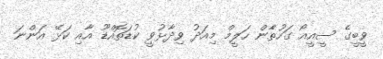
ވީބީގެ ސީއީއޯ ގަހުތާެން ހަލީމް މިއަދު ވިދާޅުވީ ކުޑަތޮއްޑޫ އާއި ކަޅޭ އަންނަ